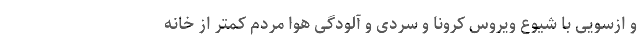
و ازسویی با شیوع ویروس کرونا و سردی و آلودگی هوا مردم کمتر از خانه